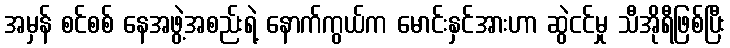
အမှန် စင်စစ် နေအဖွဲ့အစည်းရဲ့ နောက်ကွယ်က မောင်းနှင်အားဟာ ဆွဲငင်မှု သီအိုရီဖြစ်ပြီး